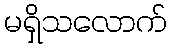
မရှိသလောက်